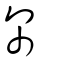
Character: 罙